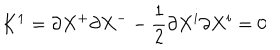
K ^ { 1 } = \partial X ^ { + } \partial X ^ { - } - \frac { 1 } { 2 } \partial X ^ { i } \partial X ^ { i } = 0